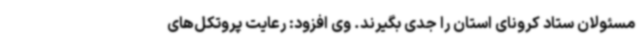
مسئولان ستاد کرونای استان را جدی بگیرند. وی افزود: رعایت پروتکل‌های